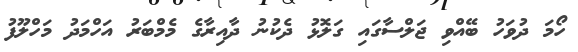
ހޯމަ ދުވަހު ބޭއްވި ޖަލްސާގައި ގަލޮޅު ދެކުނު ދާއިރާގެ މެމްބަރު އަހްމަދު މަހްލޫފު